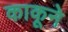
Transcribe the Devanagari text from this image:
काकूने